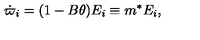
\dot { \varpi } _ { i } = ( 1 - B \theta ) E _ { i } \equiv m ^ { * } E _ { i } ,